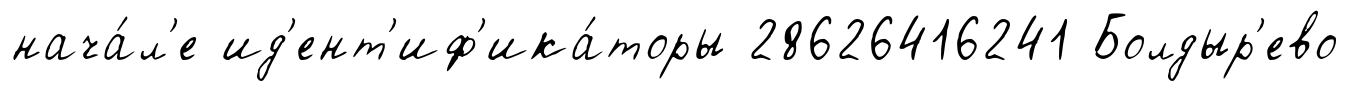
нача́л'е ид'ент'иф'ика́торы 28626416241 Болдыр'ево